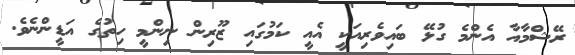
ރޭޝްމާއާ އެންމެ ގުޅޭ ބައިވެރިއަކީ އެއީ ކަމުގައި ޒޫރިން ނިންމީ ހިތުގެ އަޑީންނެވެ.